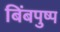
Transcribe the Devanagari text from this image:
बिंबपुष्प